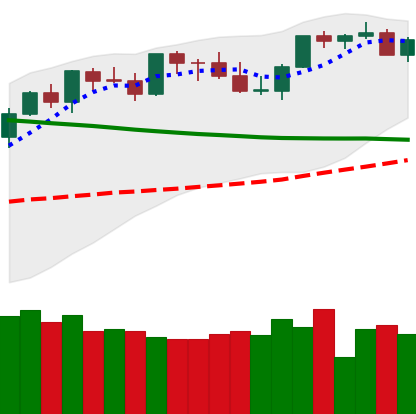
Ticker: BTC-USD
Chart end date: 2021-08-25
Forward return: -3.892%
Label: down_3_5